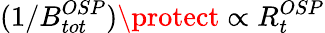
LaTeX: (1/B_{tot}^{OSP})\protect\propto R_{t}^{OSP}